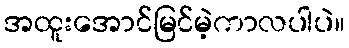
အထူးအောင်မြင်မဲ့ကာလပါပဲ။